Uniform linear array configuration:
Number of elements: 24
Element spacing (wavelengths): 1
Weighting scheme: blackman
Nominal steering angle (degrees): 45
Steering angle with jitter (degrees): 43.591
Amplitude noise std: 0.05
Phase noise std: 0.05

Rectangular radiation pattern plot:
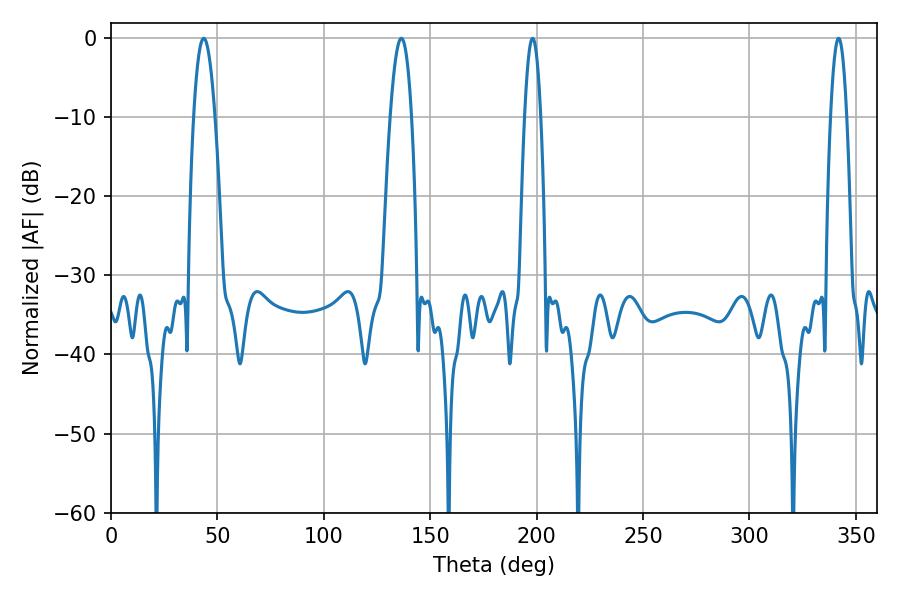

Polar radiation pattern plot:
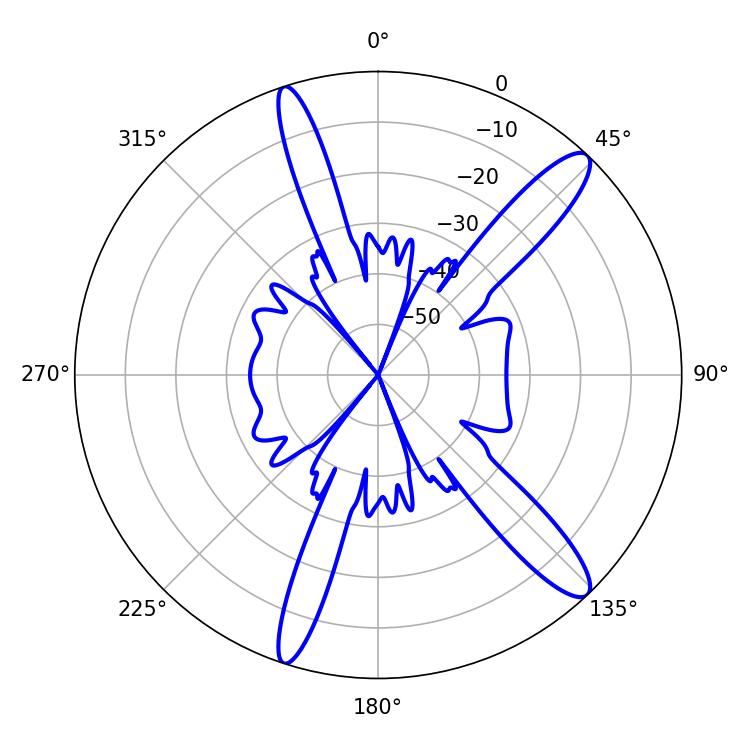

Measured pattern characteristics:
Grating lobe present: TRUE
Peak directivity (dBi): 13.251
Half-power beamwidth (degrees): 5.58
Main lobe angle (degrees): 43.56